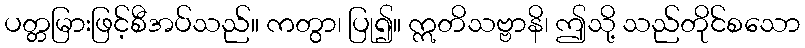
ပတ္တမြားဖြင့်စီအပ်သည်။ ကတွာ၊ ပြု၍။ ဣတိသဗ္ဗာနိ၊ ဤသို့ သည်တိုင်စသော